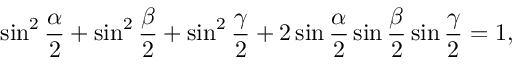
\sin ^ { 2 } { \frac { \alpha } { 2 } } + \sin ^ { 2 } { \frac { \beta } { 2 } } + \sin ^ { 2 } { \frac { \gamma } { 2 } } + 2 \sin { \frac { \alpha } { 2 } } \sin { \frac { \beta } { 2 } } \sin { \frac { \gamma } { 2 } } = 1 ,